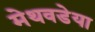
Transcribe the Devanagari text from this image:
मेथवडेया